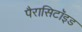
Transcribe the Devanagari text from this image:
पैरासिटॉइड